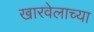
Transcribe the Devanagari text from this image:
खारवेलाच्या